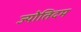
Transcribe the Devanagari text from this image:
ज्योतिदम